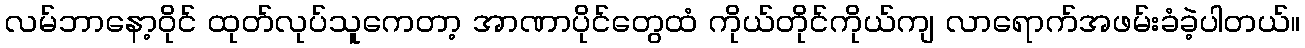
လမ်ဘာနော့ဝိုင် ထုတ်လုပ်သူကေတာ့ အာဏာပိုင်တွေထံ ကိုယ်တိုင်ကိုယ်ကျ လာရောက်အဖမ်းခံခဲ့ပါတယ်။